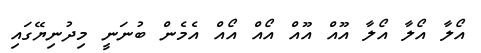
އޯލާ އޯލާ އޯލާ އޫއް އޫއް އޯއް އޯއް އެމެން ބުނަނީ މިދުނިޔޭގައި